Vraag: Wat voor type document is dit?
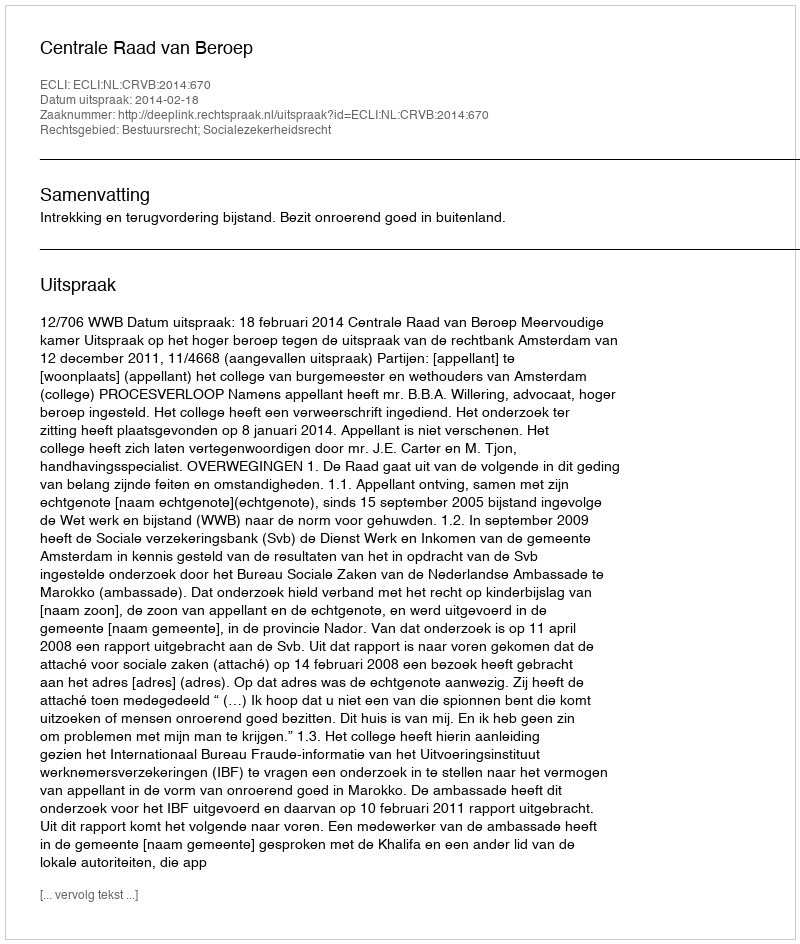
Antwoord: Uitspraak